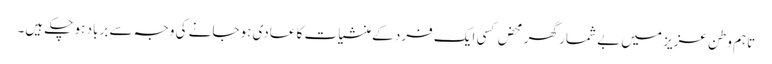
تاہم وطن عزیز میں بے شمار گھر محض کسی ایک فرد کے منشیات کا عادی ہوجانے کی وجہ سے برباد ہو چکے ہیں۔